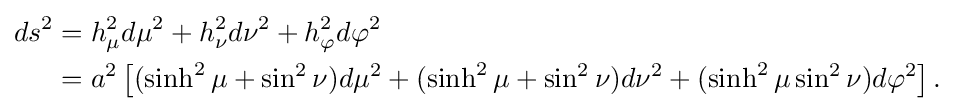
{\begin{aligned}ds^{2}&=h_{\mu }^{2}d\mu ^{2}+h_{\nu }^{2}d\nu ^{2}+h_{\varphi }^{2}d\varphi ^{2}\\&=a^{2}\left[(\sinh ^{2}\mu +\sin ^{2}\nu )d\mu ^{2}+(\sinh ^{2}\mu +\sin ^{2}\nu )d\nu ^{2}+(\sinh ^{2}\mu \sin ^{2}\nu )d\varphi ^{2}\right].\end{aligned}}